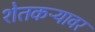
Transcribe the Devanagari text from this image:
शेतकऱ्यावर